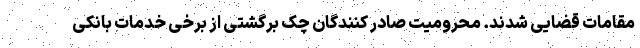
مقامات قضایی شدند. محرومیت صادر کنندگان چک برگشتی از برخی خدمات بانکی